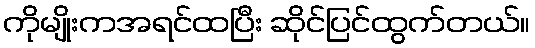
ကိုမျိုးကအရင်ထပြီး ဆိုင်ပြင်ထွက်တယ်။